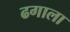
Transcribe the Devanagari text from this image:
ढगाला